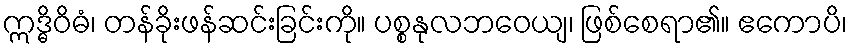
ဣဒ္ဓိဝိဓံ၊ တန်ခိုးဖန်ဆင်းခြင်းကို။ ပစ္စနုလဘဝေယျ၊ ဖြစ်စေရာ၏။ ဧကောပိ၊